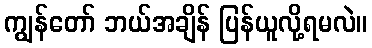
ကျွန်တော် ဘယ်အချိန် ပြန်ယူလို့ရမလဲ။